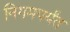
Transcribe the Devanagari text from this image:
निगमपर्यंत